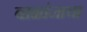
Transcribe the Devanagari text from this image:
बाळांनाचा